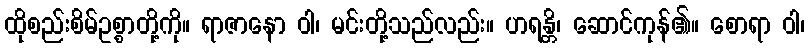
ထိုစည်းစိမ်ဥစ္စာတို့ကို။ ရာဇာနော ဝါ၊ မင်းတို့သည်လည်း။ ဟရန္တိ၊ ဆောင်ကုန်၏။ စောရာ ဝါ၊